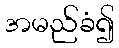
အမည်ခံ၍